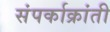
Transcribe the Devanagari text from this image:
संपर्काक्रांती